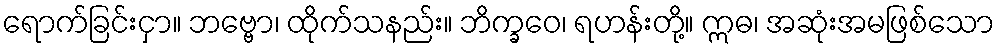
ရောက်ခြင်းငှာ။ ဘဗ္ဗော၊ ထိုက်သနည်း။ ဘိက္ခဝေ၊ ရဟန်းတို့။ ဣဓ၊ အဆုံးအမဖြစ်သော